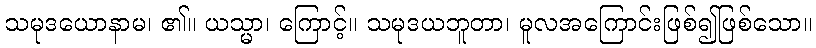
သမုဒယောနာမ၊ ၏။ ယသ္မာ၊ ကြောင့်။ သမုဒယဘူတာ၊ မူလအကြောင်းဖြစ်၍ဖြစ်သော။